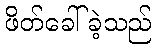
ဖိတ်ခေါ်ခဲ့သည်